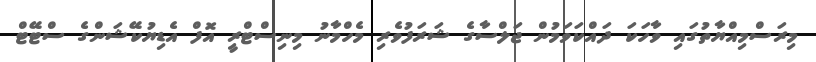
މިރަސްމިއްޔާތުގައި ވާހަަކަ ދައްކަވަމުން ޖަލްސާގެ ޝަރަފުވެރި މެހްމާނު މިނިސްޓްރީ އޮފް އެޑިޔުކޭޝަންގެ ސްޓޭޓް